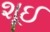
શૂઈ